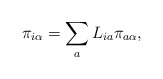
\begin{align*}\pi_{i\alpha} = \sum_a L_{ia} \pi_{a\alpha},\end{align*}